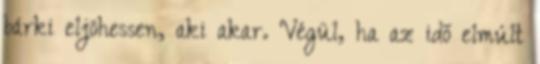
bárki eljöhessen, aki akar. Végül, ha az idő elmúlt